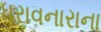
ધરાવનારાના